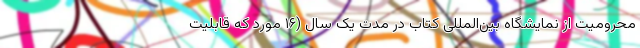
محرومیت از نمایشگاه بین‌المللی کتاب در مدت یک سال (۱۶ مورد که قابلیت